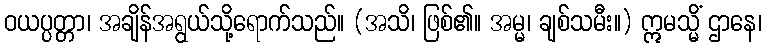
ဝယပ္ပတ္တာ၊ အချိန်အရွယ်သို့ရောက်သည်။ (အသိ၊ ဖြစ်၏။ အမ္မ၊ ချစ်သမီး။) ဣမသ္မိံ ဌာနေ၊